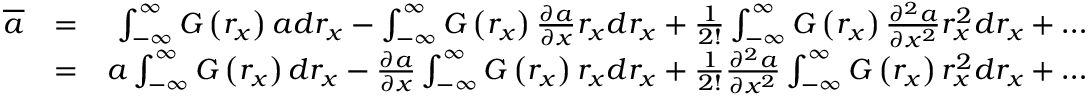
\begin{array} { r l r } { \overline { { { a } } } } & { = } & { \int _ { - \infty } ^ { \infty } G \left( r _ { x } \right) a d r _ { x } - \int _ { - \infty } ^ { \infty } G \left( r _ { x } \right) \frac { \partial a } { \partial x } r _ { x } d r _ { x } + \frac { 1 } { 2 ! } \int _ { - \infty } ^ { \infty } G \left( r _ { x } \right) \frac { \partial ^ { 2 } a } { \partial x ^ { 2 } } r _ { x } ^ { 2 } d r _ { x } + \dots } \\ & { = } & { a \int _ { - \infty } ^ { \infty } G \left( r _ { x } \right) d r _ { x } - \frac { \partial a } { \partial x } \int _ { - \infty } ^ { \infty } G \left( r _ { x } \right) r _ { x } d r _ { x } + \frac { 1 } { 2 ! } \frac { \partial ^ { 2 } a } { \partial x ^ { 2 } } \int _ { - \infty } ^ { \infty } G \left( r _ { x } \right) r _ { x } ^ { 2 } d r _ { x } + \dots } \end{array}